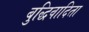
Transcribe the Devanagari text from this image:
बुद्धिवादिता